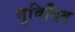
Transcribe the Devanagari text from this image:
मुविदित